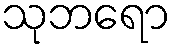
သုဘရော